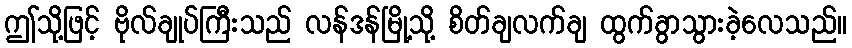
ဤသို့ဖြင့် ဗိုလ်ချုပ်ကြီးသည် လန်ဒန်မြို့သို့ စိတ်ချလက်ချ ထွက်ခွာသွားခဲ့လေသည်။